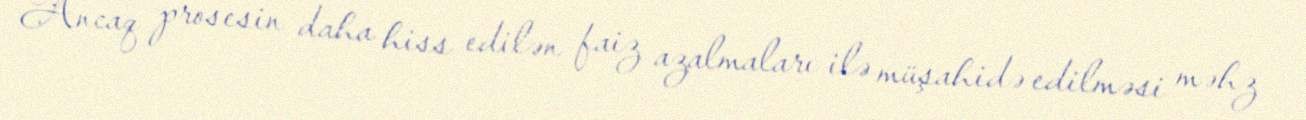
Ancaq prosesin daha hiss edilən faiz azalmaları ilə müşahidə edilməsi məhz